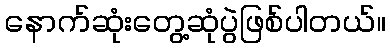
နောက်ဆုံးတွေ့ဆုံပွဲဖြစ်ပါတယ်။